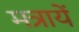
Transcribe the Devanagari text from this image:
मत्रायें